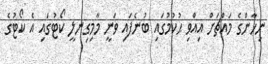
ނިހާންގެ މައްޗަށް އިއްވި ޙުކުމުގައި ބުނެފައި ވަނީ މާމިގިނލީ ކޯޓުގައި އެ ކޯޓުގެ